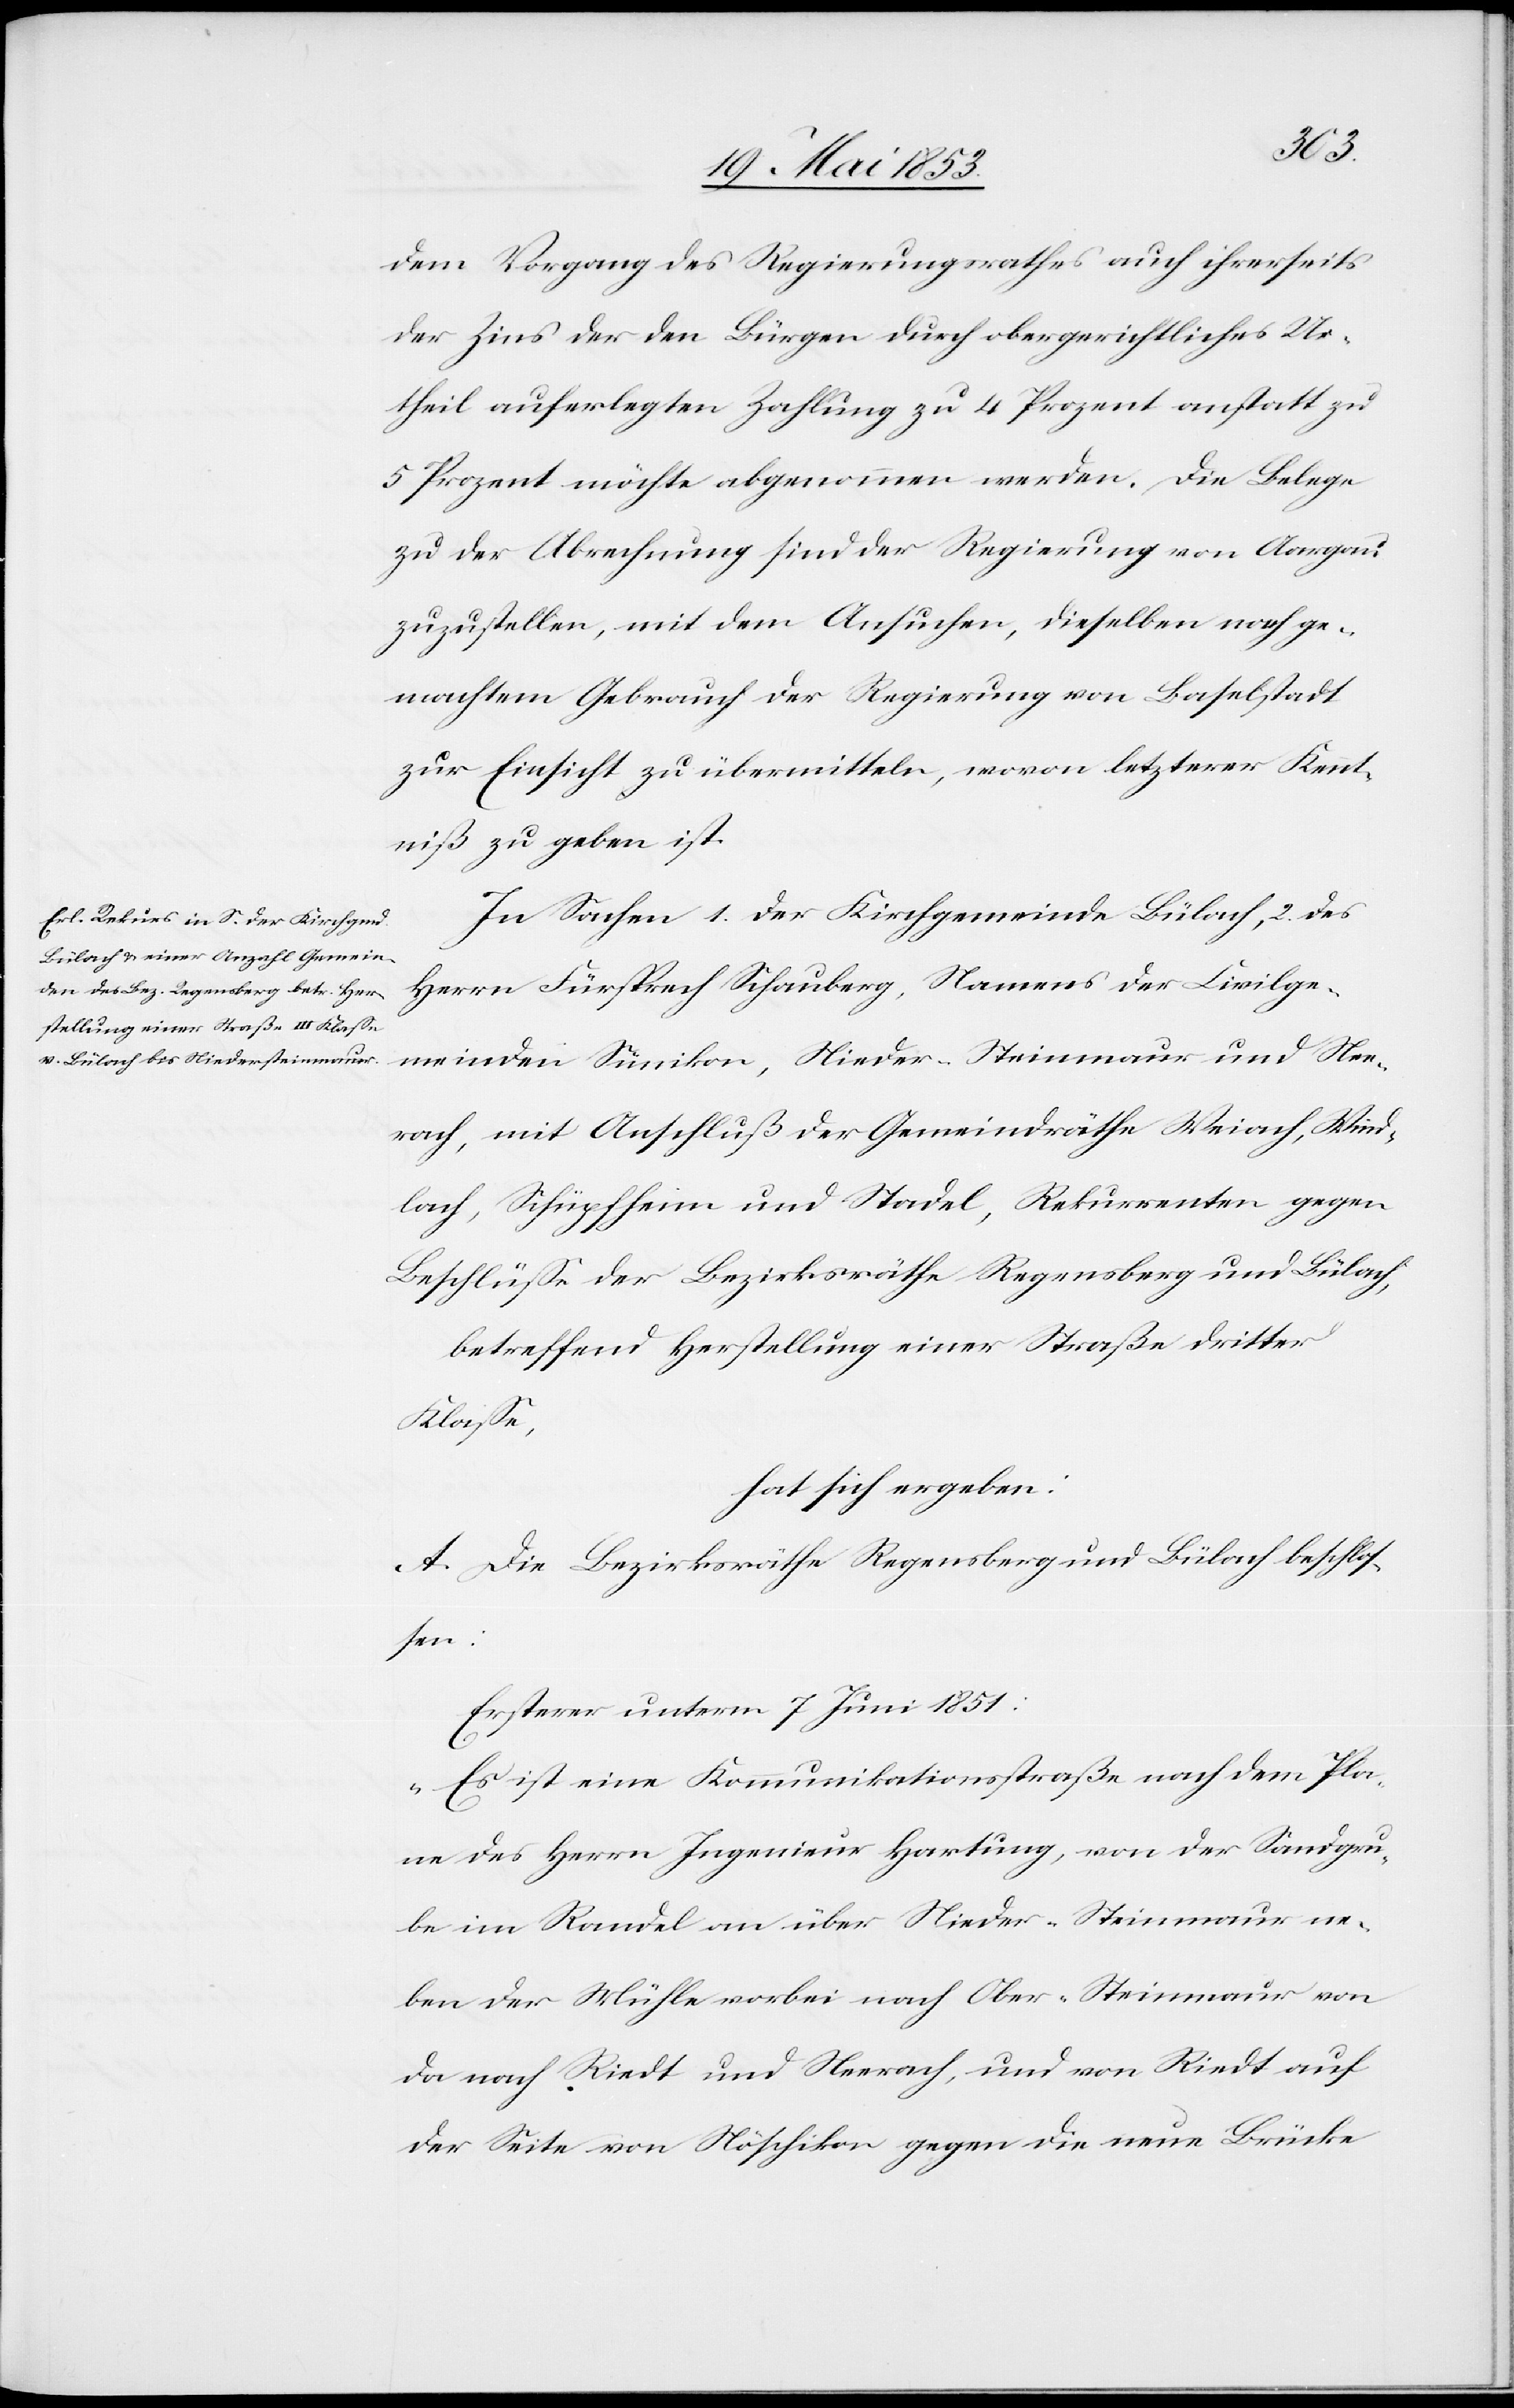
dem Vorgang des Regierungsrathes auch ihrerseits
der Zins der den Bürgen durch obergerichtliches Ur¬
theil auferlegten Zahlung zu 4 Prozent anstatt zu
5 Prozent möchte abgenommen werden. Die Belege
zu der Abrechnung sind der Regierung von Aargau
zuzustellen, mit dem Ansuchen, dieselben nach ge¬
machtem Gebrauch der Regierung von Baselstadt
zur Einsicht zu übermitteln, wovon letzterer Kennt¬
niß zu geben ist.
In Sachen 1. der Kirchgemeinde Bülach, 2. des
Herrn Fürsprech Schauberg, Namens der Civilge¬
meinden Sümikon, Nieder-Steinmaur und Nee¬
rach, mit Anschluß der Gemeindräthe Weiach, Wind¬
lach, Schüpfheim und Stadel, Rekurrenten gegen
Beschlüße der Bezirksräthe Regensberg und Bülach,
betreffend Herstellung einer Straße dritter
Klaße,
hat sich ergeben:
A. Die Bezirksräthe Regensberg und Bülach beschlos¬
sen:
Ersterer unterm 7 Juni 1851:
„Es ist eine Kommunikationsstraße nach dem Pla¬
ne des Herrn Ingenieur Hartung, von der Sandgru¬
be im Randel an über Nieder-Steinmaur ne¬
ben der Mühle vorbei nach Ober-Steinmaur von
da nach Riedt und Neerach, und von Riedt auf
der Seite von Höschikon gegen die neue Brücke